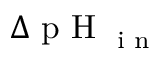
\Delta \textrm { p H } _ { \textrm { i n } }